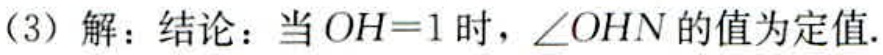
（3）解：结论：当 \(OH = 1\) 时，\(\angle OHN\) 的值为定值.